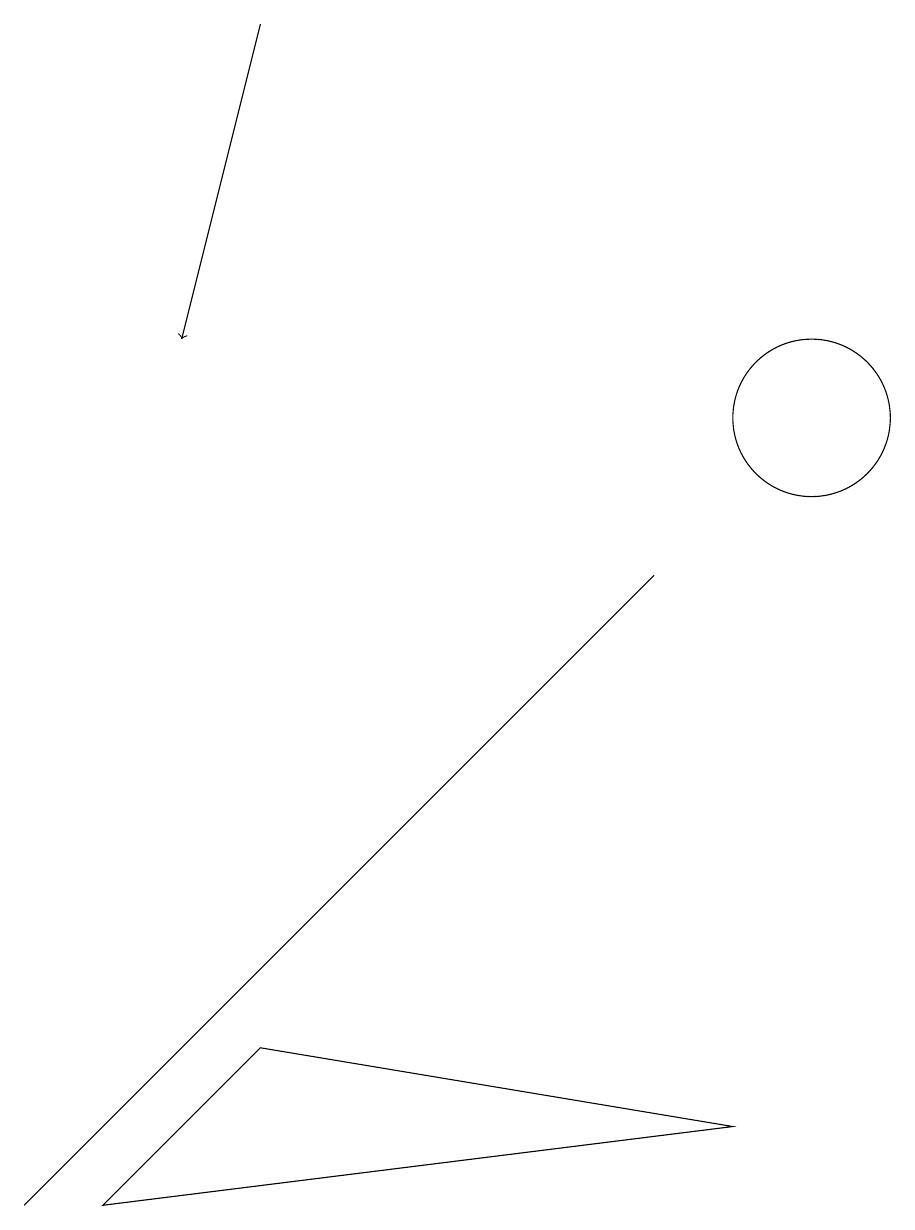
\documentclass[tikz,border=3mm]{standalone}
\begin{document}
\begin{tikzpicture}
\draw (10,10) circle (1);
\draw (3,3) -- (8,8) -- (0,0) -- cycle;
\draw (3,2) -- (1,0) -- (9,1) -- cycle;
\draw[->] (3,15) -- (2,11);
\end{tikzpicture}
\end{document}